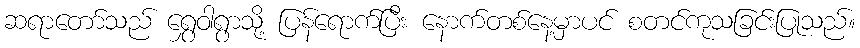
ဆရာတော်သည် ရွှေဝါရွာသို့ ပြန်ရောက်ပြီး နောက်တစ်နေ့မှာပင် စတင်ကုသခြင်းပြုသည်။